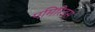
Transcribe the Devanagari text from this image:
एमिरिटस